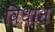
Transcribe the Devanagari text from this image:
विधान